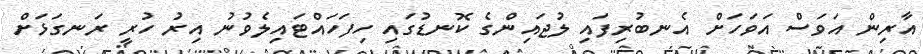
އާރިން އަވަސް އަވަހަށް އެނބުރިފައި ލުޖައިންގެ ކޮނޑުގައި ހިފަހައްޓައިލެވުނު އިރު ހުރީ ރަނގަޅަށް